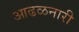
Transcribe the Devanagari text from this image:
आढळनारी